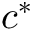
c ^ { * }